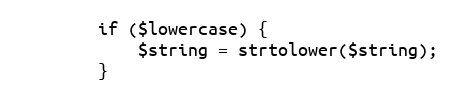
Language: PHP
        if ($lowercase) {
            $string = strtolower($string);
        }